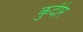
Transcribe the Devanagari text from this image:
कुदीर